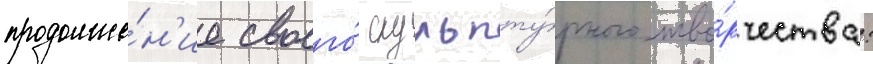
продолже́н'ие своего́ скульпту́рного тво́рчества: